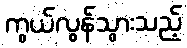
ကွယ်လွန်သွားသည့်